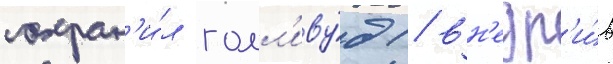
сохран'и́л голл'иву́д / вн'едр'и́в